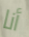
أنا